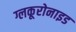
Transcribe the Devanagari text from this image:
ग्लकूरोनाइड